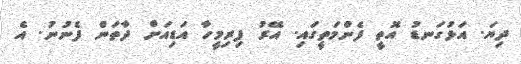
ދިޔަ. އަޅުގަނޑު އޮތީ ފެންމަތީގައި. އޭރު ފިރިމީހާ އަޑިއަށް ދާތަން ފެނުނު. އެ